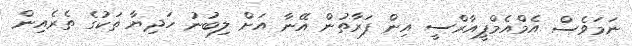
ނަމަވެސް އެމްއެމްޕީއާރްސީ އިން ފަރާތުން އޭނާ އަށް ލިބުނު ހަދިޔާ ތަކުގެ ތެރެއިން